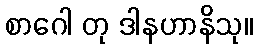
စာဂေါ တု ဒါနဟာနိသု။